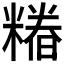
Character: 𮇺